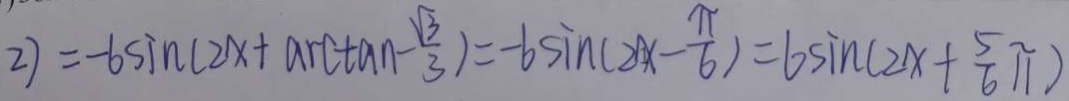
2 ) = - 6 \sin ( 2 x + \arctan - \frac { \sqrt { 3 } } { 3 } ) = - 6 \sin ( 2 x - \frac { \pi } { 6 } ) = 6 \sin ( 2 x + \frac { 5 } { 6 } \pi )